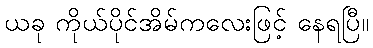
ယခု ကိုယ်ပိုင်အိမ်ကလေးဖြင့် နေရပြီ။